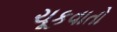
ચૂકવાતો